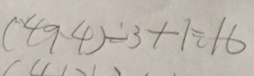
( 4 9 - 4 ) \div 3 + 1 = 1 6